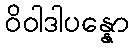
ဝိဝါဒါပန္နော